Indian journal of veterinary science and animal husbandry - Volumes 24-25, 1954-1955
Year: 1954
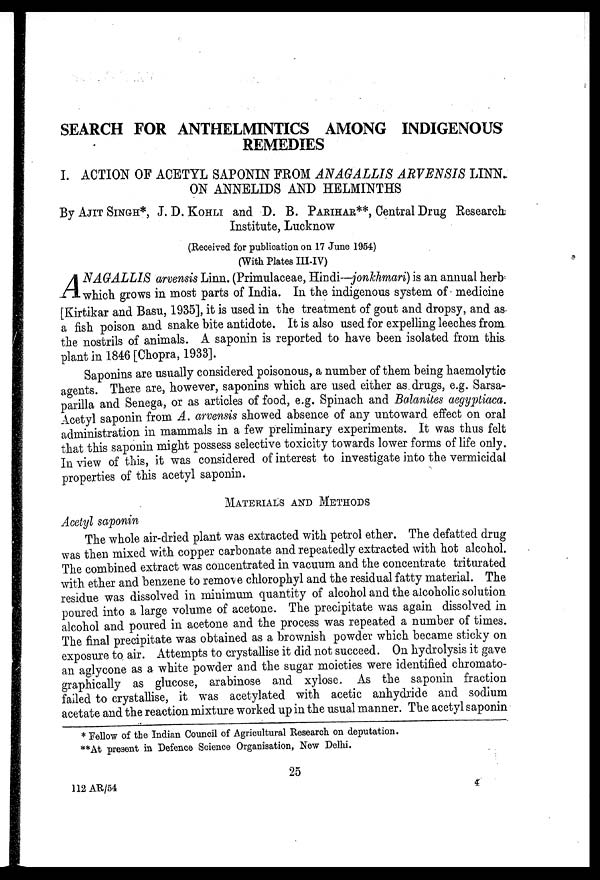
SEARCH FOR ANTHELMINTICS AMONG INDIGENOUS
REMEDIES
I. ACTION OF ACETYL SAPONIN FROM ANAGALLIS ARVENSIS LINN.
ON ANNELIDS AND HELMINTHS
By AJIT SINGH*, J. D. KOHLI and D. B. PARIHAR**, Central Drug Research
Institute, Lucknow
(Received for publication on 17 June 1954)
(With Plates III-IV)
ANAGALLIS arvensis Linn. (Primulaceae, Hindi—jonkhmari) is an annual herb
which grows in most parts of India. In the indigenous system of medicine
[Kirtikar and Basu, 1935], it is used in the treatment of gout and dropsy, and as
a fish poison and snake bite antidote. It is also used for expelling leeches from
the nostrils of animals. A saponin is reported to have been isolated from this
plant in 1846 [Chopra, 1933].
Saponins are usually considered poisonous, a number of them being haemolytic
agents. There are, however, saponins which are used either as drugs, e.g. Sarsa-
parilla and Senega, or as articles of food, e.g. Spinach and Balanites aegyptiaca.
Acetyl saponin from A. arvensis showed absence of any untoward effect on oral
administration in mammals in a few preliminary experiments. It was thus felt
that this saponin might possess selective toxicity towards lower forms of life only.
In view of this, it was considered of interest to investigate into the vermicidal
properties of this acetyl saponin.
MATERIALS AND METHODS
Acetyl saponin
The whole air-dried plant was extracted with petrol ether. The defatted drug
was then mixed with copper carbonate and repeatedly extracted with hot alcohol.
The combined extract was concentrated in vacuum and the concentrate triturated
with ether and benzene to remove chlorophyl and the residual fatty material. The
residue was dissolved in minimum quantity of alcohol and the alcoholic solution
poured into a large volume of acetone. The precipitate was again dissolved in
alcohol and poured in acetone and the process was repeated a number of times.
The final precipitate was obtained as a brownish powder which became sticky on
exposure to air. Attempts to crystallise it did not succeed. On hydrolysis it gave
an aglycone as a white powder and the sugar moieties were identified chromato-
graphically as glucose, arabinose and xylose. As the saponin fraction
failed to crystallise, it was acetylated with acetic anhydride and sodium
acetate and the reaction mixture worked up in the usual manner. The acetyl saponin
* Fellow of the Indian Council of Agricultural Research on deputation.
**At present in Defence Science Organisation, New Delhi.
25
112 AR/54
4